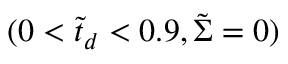
( 0 < \tilde { t } _ { d } < 0 . 9 , \tilde { \Sigma } = 0 )